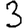
Digit: 3